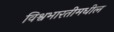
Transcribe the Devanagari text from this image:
विश्वभारतीमधील